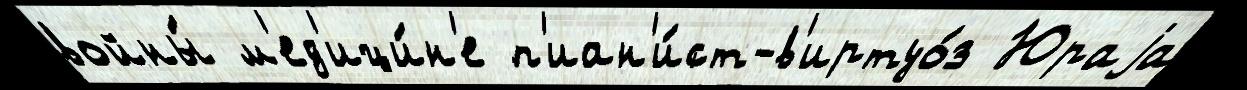
войны́ м'ед'ици́н'е п'иан'и́ст-в'иртуо́з Юраjа